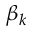
\beta _ { k }